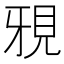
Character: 𮗍